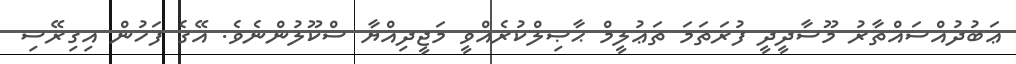
ޢަބުދުއްސައްތާރު މޫސާދީދީ ފުރަތަމަ ތަޢުލީމް ޙާޞިލްކުރެއްވީ މަޖީދިއްޔާ ސްކޫލުންނެވެ. އޭގެ ފަހުން އިގިރޭސި